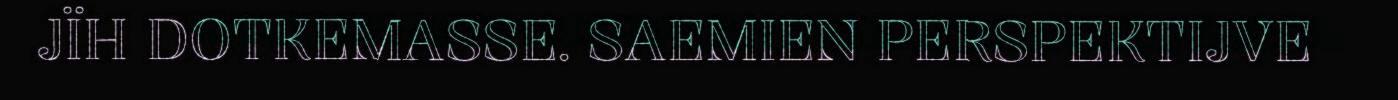
JÏH DOTKEMASSE. SAEMIEN PERSPEKTIJVE